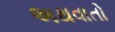
અથવાતો